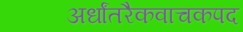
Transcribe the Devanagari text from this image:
अर्धांतरैकवाचकपद